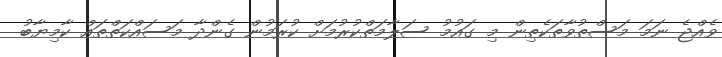
ވެއްޖެ ނަމަ މަސްތުވާތަކެތިން މި ގައުމު ސަލާމަތްކުރުމަށް ކުރަމުން ގެންދާ މަސައްކަތްތައް ކާމިޔާބު